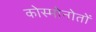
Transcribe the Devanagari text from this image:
कोस्मोनोतों